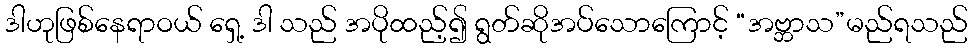
ဒါဟုဖြစ်နေရာဝယ် ရှေ့ ဒါ သည် အပိုထည့်၍ ရွတ်ဆိုအပ်သောကြောင့် “အဗ္ဘာသ”မည်ရသည်